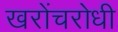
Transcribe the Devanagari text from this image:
खरोंचरोधी